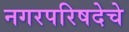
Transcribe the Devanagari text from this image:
नगरपरिषदेचे